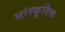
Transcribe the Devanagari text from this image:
सांस्कृ़तिक